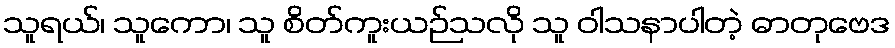
သူရယ်၊ သူကော၊ သူ စိတ်ကူးယဉ်သလို သူ ဝါသနာပါတဲ့ ဓာတုဗေဒ